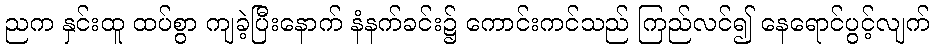
ညက နှင်းထူ ထပ်စွာ ကျခဲ့ပြီးနောက် နံနက်ခင်း၌ ကောင်းကင်သည် ကြည်လင်၍ နေရောင်ပွင့်လျက်